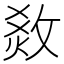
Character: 𤉧